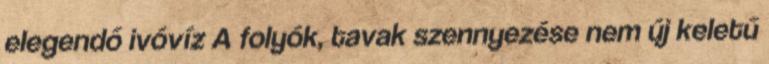
elegendő ivóvíz A folyók, tavak szennyezése nem új keletű